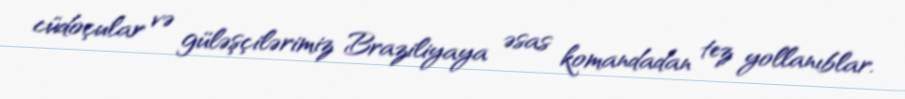
cüdoçular və güləşçilərimiz Braziliyaya əsas komandadan tez yollanıblar.